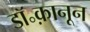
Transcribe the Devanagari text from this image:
डॉ॰क़ानून